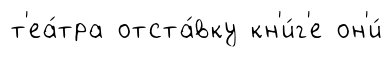
т'еа́тра отста́вку кн'и́г'е он'и́